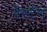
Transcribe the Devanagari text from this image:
वेर्स्‍टन